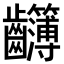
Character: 𪚈